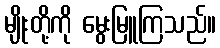
မျိုးတို့ကို မွေးမြူကြသည်။